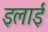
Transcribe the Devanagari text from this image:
इलाई